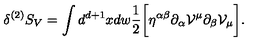
\delta ^ { ( 2 ) } S _ { V } = \int d ^ { d + 1 } x d w \frac { 1 } { 2 } \biggl [ \eta ^ { \alpha \beta } \partial _ { \alpha } { \cal V } ^ { \mu } \partial _ { \beta } { \cal V } _ { \mu } \biggr ] .